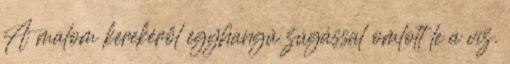
A malom kerekéről egyhangú zúgással omlott le a víz.